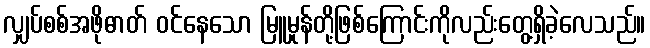
လျှပ်စစ်အဖိုဓာတ် ဝင်နေသော မြူမှုန်တို့ဖြစ်ကြောင်းကိုလည်းတွေ့ရှိခဲ့လေသည်။